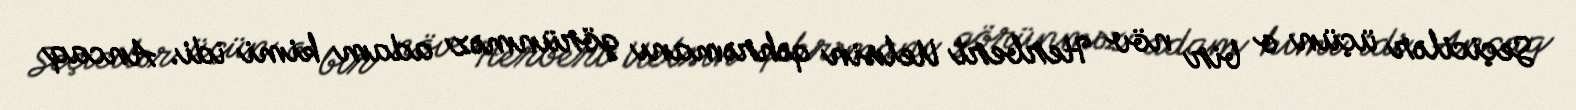
Seçicilər üçün o bir növ Herbert Uelsin qəhrəmanı görünməz adam kimi idi. Ancaq